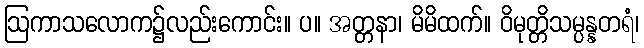
ဩကာသလောက၌လည်းကောင်း။ ပ။ အတ္တနာ၊ မိမိထက်။ ဝိမုတ္တိသမ္ပန္နတရံ၊